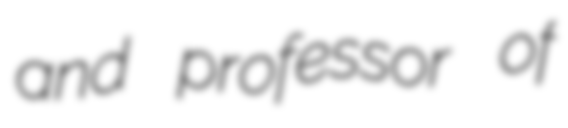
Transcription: and professor of